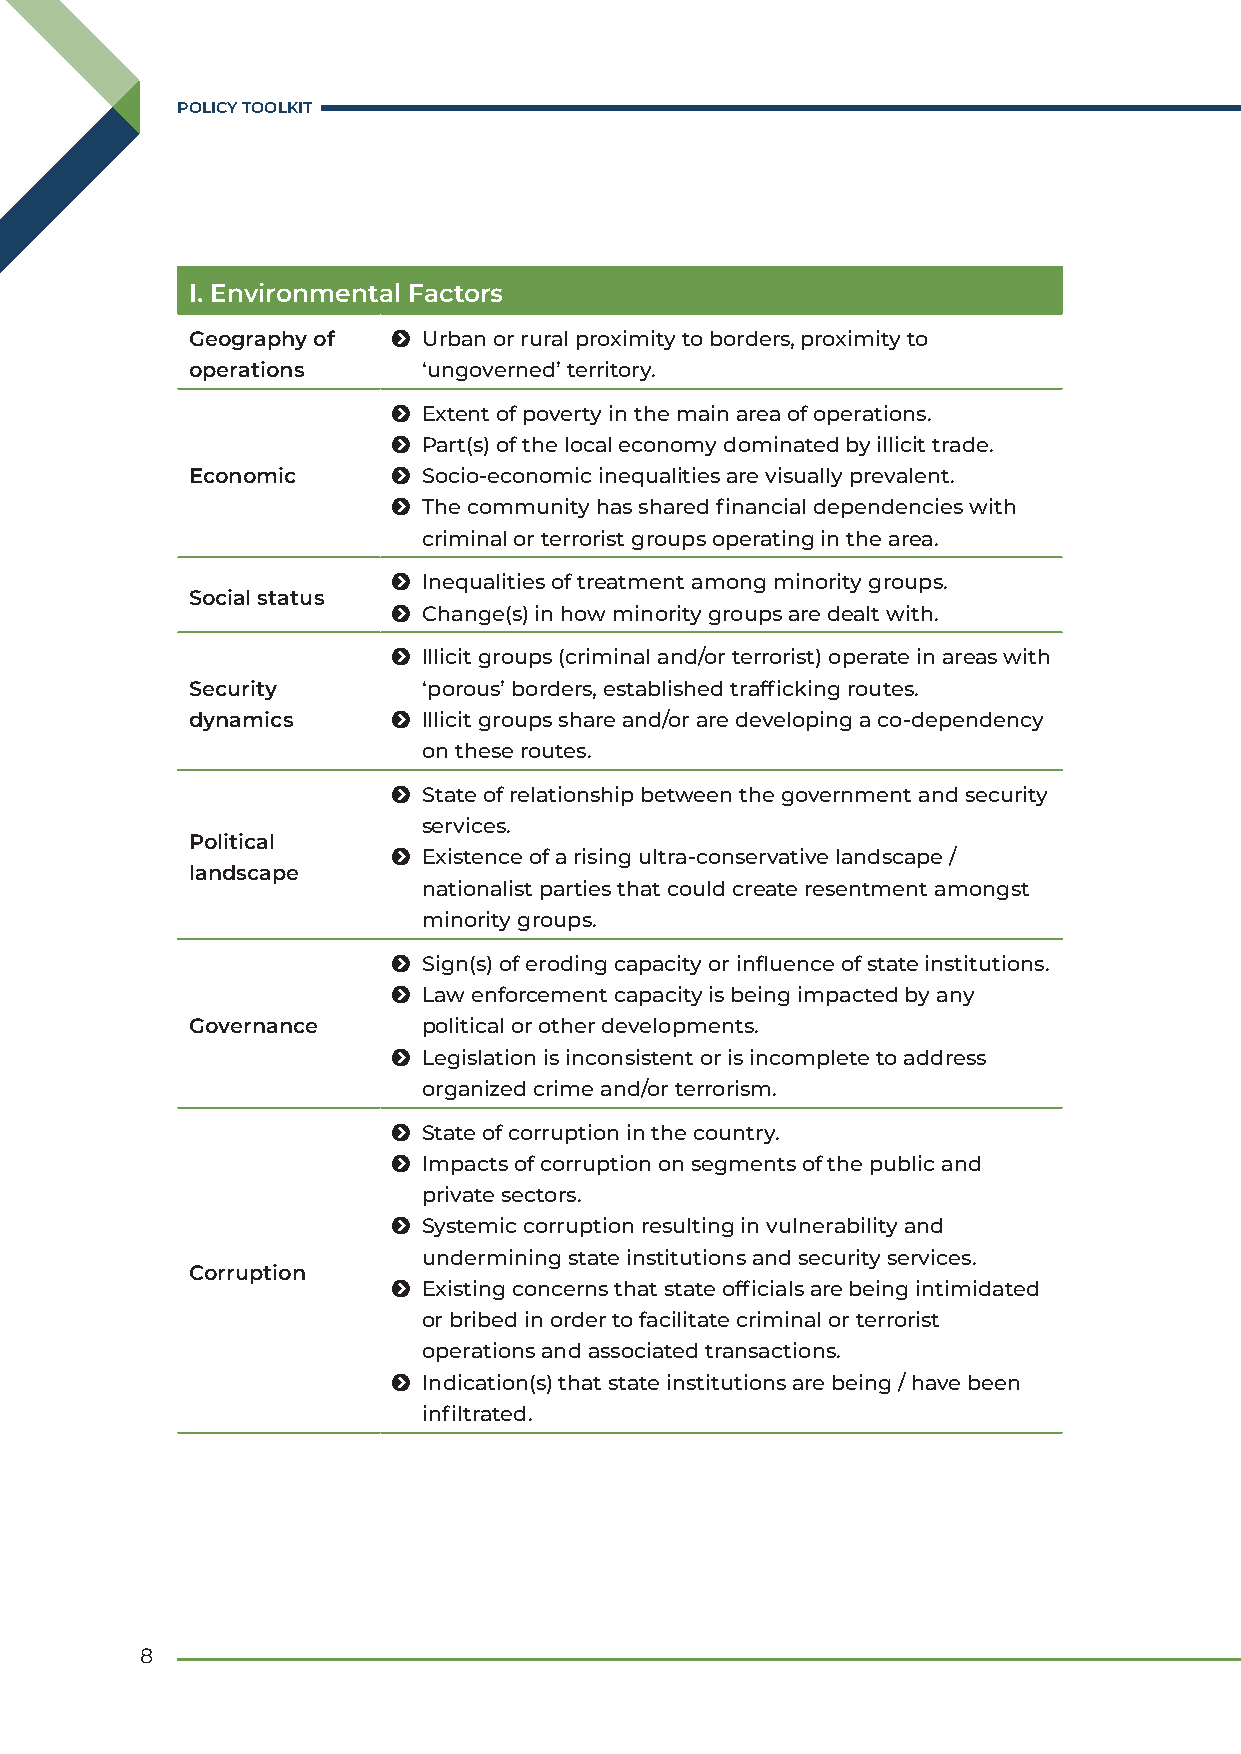
POLICY TOOLKIT
 I. Environmental Factors
 Geography of Ħ Urban or rural proximity to borders, proximity to
 operations     ‘ungoverned’ territory.
 Ħ Extent of poverty in the main area of operations.
 Ħ Part(s) of the local economy dominated by illicit trade.
 Economic     Ħ Socio-economic inequalities are visually prevalent.
 Ħ The community has shared financial dependencies with
 criminal or terrorist groups operating in the area.
 Ħ Inequalities of treatment among minority groups.
 Social status
 Ħ Change(s) in how minority groups are dealt with.
 Ħ Illicit groups (criminal and/or terrorist) operate in areas with
 Security       ‘porous’ borders, established trafficking routes.
 dynamics     Ħ Illicit groups share and/or are developing a co-dependency
 on these routes.
 Ħ State of relationship between the government and security
 services.
 Political
 Ħ Existence of a rising ultra-conservative landscape /
 landscape
 nationalist parties that could create resentment amongst
 minority groups.
 Ħ Sign(s) of eroding capacity or influence of state institutions.
 Ħ Law enforcement capacity is being impacted by any
 Governance     political or other developments.
 Ħ Legislation is inconsistent or is incomplete to address
 organized crime and/or terrorism.
 Ħ State of corruption in the country.
 Ħ Impacts of corruption on segments of the public and
 private sectors.
 Ħ Systemic corruption resulting in vulnerability and
 undermining state institutions and security services.
 Corruption
 Ħ Existing concerns that state officials are being intimidated
 or bribed in order to facilitate criminal or terrorist
 operations and associated transactions.
 Ħ Indication(s) that state institutions are being / have been
 infiltrated.
 8